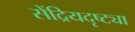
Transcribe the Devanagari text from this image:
सेंद्रियदृष्ट्या